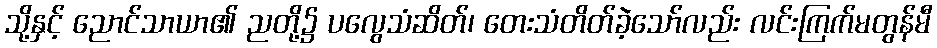
သို့နှင့် ညောင်သာယာ၏ ညတို့၌ ပလွေသံဆိတ်၊ တေးသံတိတ်ခဲ့သော်လည်း လင်းကြက်မတွန်မီ